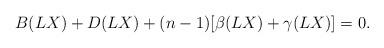
LaTeX: \begin{align*}B(LX)+D(LX)+(n-1)[\beta(LX)+\gamma(LX)]=0. \end{align*}